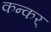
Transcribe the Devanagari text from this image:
कन्कर्